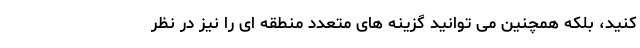
کنید، بلکه همچنین می توانید گزینه های متعدد منطقه ای را نیز در نظر